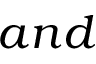
a n d